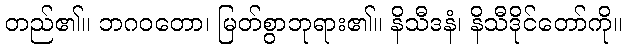
တည်၏။ ဘဂဝတော၊ မြတ်စွာဘုရား၏။ နိသီဒနံ၊ နိသီဒိုင်တော်ကို။